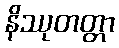
နိဿုတတ္တာ